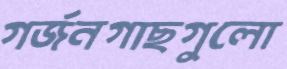
গর্জনগাছগুলো